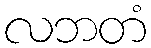
လဘတံ